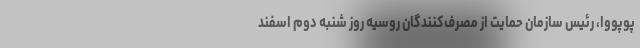
پوپووا، رئیس سازمان حمایت از مصرف‌کنندگان روسیه روز شنبه دوم اسفند